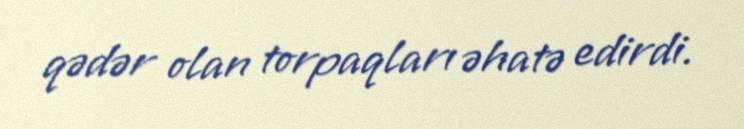
qədər olan torpaqları əhatə edirdi.